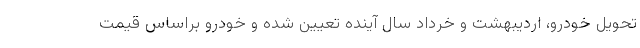
تحویل خودرو، اردیبهشت و خرداد سال آینده تعیین شده و خودرو براساس قیمت